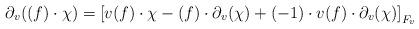
LaTeX: \begin{align*}\partial_v((f)\cdot\chi)=\left[v(f)\cdot\chi-(f)\cdot\partial_v(\chi)+(-1)\cdot v(f)\cdot\partial_v(\chi)\right]_{F_v}\end{align*}